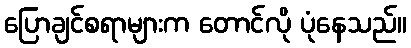
ပြောချင်စရာများက တောင်လို ပုံနေသည်။